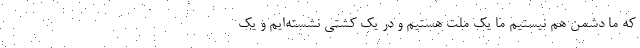
که ما دشمن هم نیستیم ما یک ملت هستیم و در یک کشتی نشسته‌ایم و یک